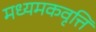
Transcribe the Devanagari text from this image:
मध्यमकवृत्ति